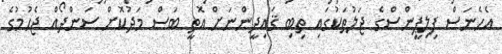
އެހެނަސް ފިލިޕީންސްގެ ޖަލުތަކުގައި ތިބި ޤައިދީންނަށް އޮތީ ބަސް މަދުކޮށް ސަންދޯއް ޖެހުމުގެ